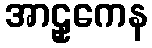
အာဠှကေန